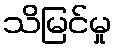
သိမြင်မှု